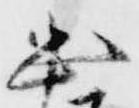
忠